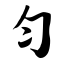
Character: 匀